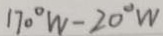
1 7 0 ^ { \circ } W - 2 0 ^ { \circ } W